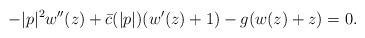
LaTeX: \begin{align*} -|p|^2 w''(z)+\bar c(|p|)(w'(z)+1) -g(w(z)+z)=0. \end{align*}